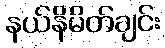
နယ်နိမိတ်ချင်း